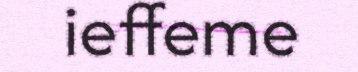
ieffeme